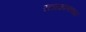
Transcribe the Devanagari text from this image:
रटाळपणाच्या